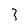
Character: 3